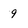
Character: 9